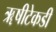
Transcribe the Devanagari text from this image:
ॠषीटेकडी